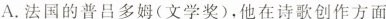
A.法国的普吕多姆(文学奖)，他在诗歌创作方面